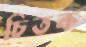
চিতক